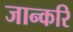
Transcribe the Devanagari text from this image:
जान्करि